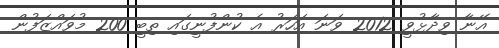
އޭނާ ވިދާޅުވީ 2012 ވަނަ އަހަރު އެ ކުންފުނީގައި ތިބީ 200 މުވައްޒަފުން